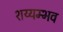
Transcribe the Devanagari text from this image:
शय्यम्भव